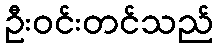
ဦးဝင်းတင်သည်